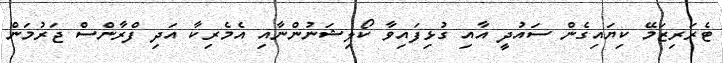
ޓެރަރިޒަމޭ ކިޔައިގެން ސައުދީ އާއި ގުޅިފައިވާ ކޯލިޝަނުންނާއި އެމެރިކާ އަދި ފްރާންސް ޖަރުމަން